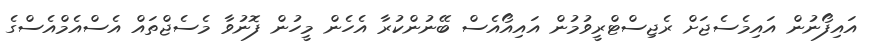
އައިފޯނުން އައިމެސެޖަށް ރެޖިސްޓްރީވުމުން އައިއޯއެސް ބޭނުންކުރާ އެހެން މީހުން ފޮނުވާ މެސެޖްތައް އެސްއެމްއެސްގެ